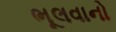
ભૂલવાનો